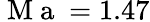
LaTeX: \mathrm{~M~a~}=1.47